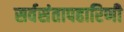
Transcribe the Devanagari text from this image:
सर्वसंतापहारिणी